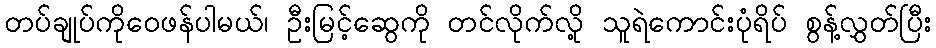
တပ်ချုပ်ကိုဝေဖန်ပါမယ်၊ ဦးမြင့်ဆွေကို တင်လိုက်လို့ သူရဲကောင်းပုံရိပ် စွန့်လွှတ်ပြီး